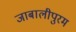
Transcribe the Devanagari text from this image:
जाबालीपुरम